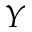
Y